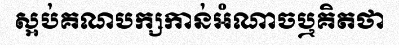
ស្អប់គណបក្សកាន់អំណាចឬគិតថា